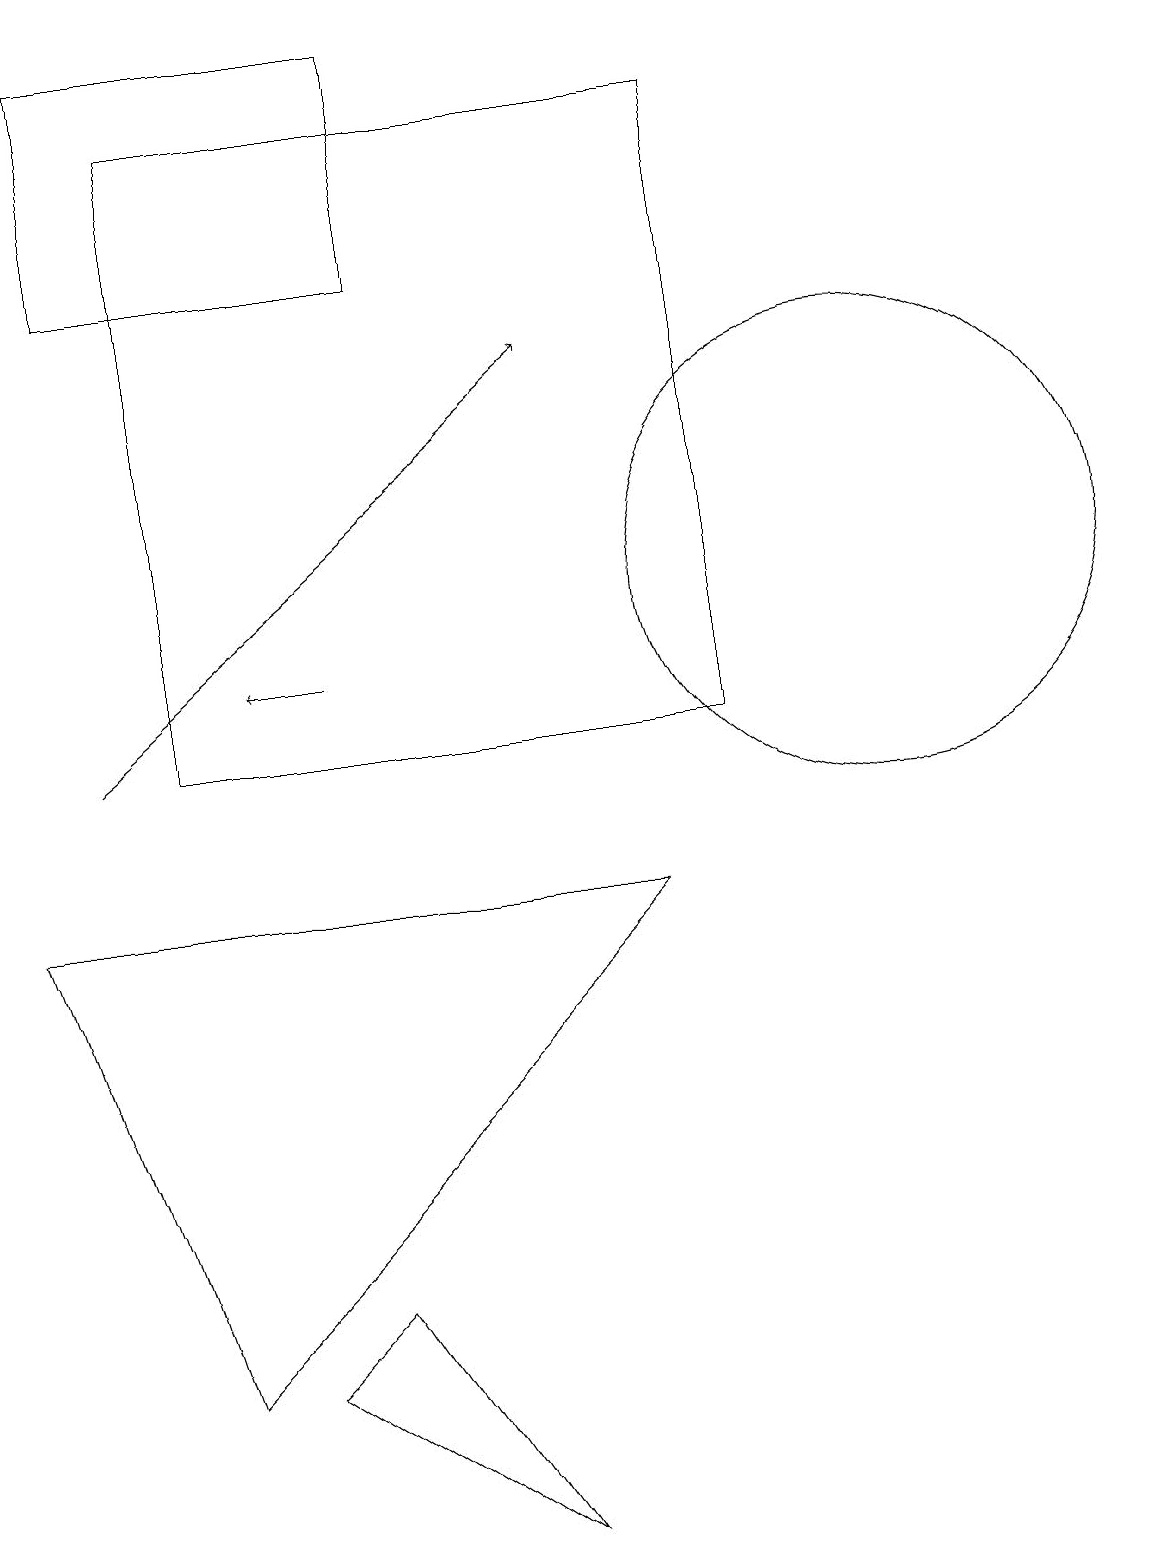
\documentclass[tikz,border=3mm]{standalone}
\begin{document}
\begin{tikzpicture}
\draw (11,12) circle (3);
\draw[->] (4,11) -- (3,11);
\draw (5,19) rectangle (1,16);
\draw (6,0) -- (3,2) -- (4,3) -- cycle;
\draw[->] (1,10) -- (7,15);
\draw (10,10) circle (0);
\draw (2,10) rectangle (9,18);
\draw (8,8) -- (0,8) -- (2,2) -- cycle;
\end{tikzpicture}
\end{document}